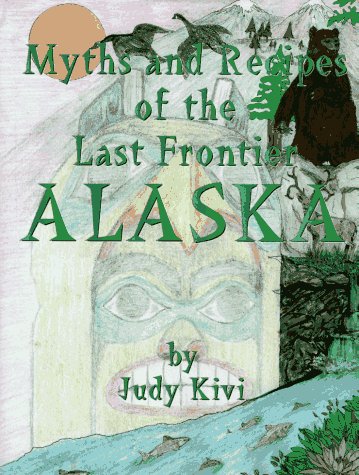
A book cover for Myths and Recipes of the Last Frontier Alaska; Judy Kivi; Cookbooks, Food & Wine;